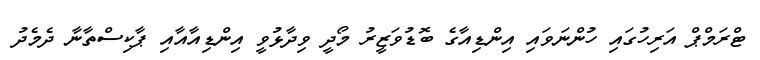
ޓްރަމްޕް އަރިހުގައި ހުންނަވައި އިންޑިއާގެ ބޮޑުވަޒީރު މޯދީ ވިދާޅުވީ އިންޑިއާއާއި ޕާކިސްތާނާ ދެމެދު